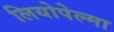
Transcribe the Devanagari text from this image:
लियोपेल्मा